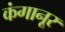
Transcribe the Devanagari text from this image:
कंगानूर